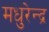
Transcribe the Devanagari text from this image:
मधुरेन्द्र